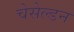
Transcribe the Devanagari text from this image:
चेसेल्डन